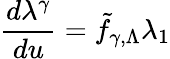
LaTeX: \frac{d\lambda^{\gamma}}{du}={\tilde{f}}_{\gamma,\Lambda}\lambda_{1}